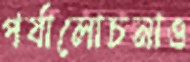
পর্যালোচনাও